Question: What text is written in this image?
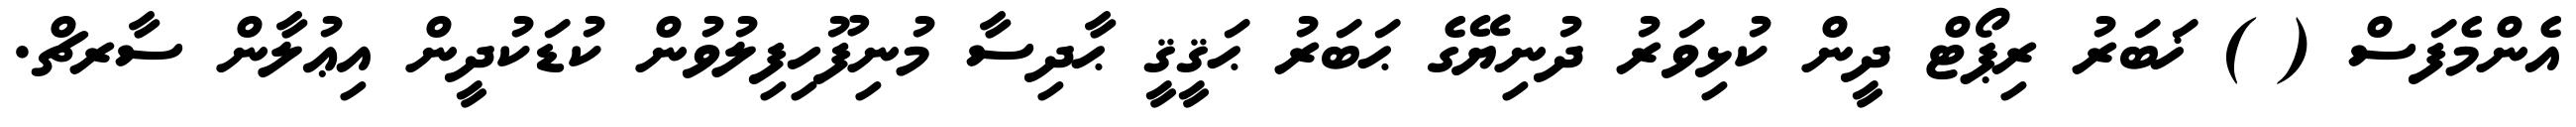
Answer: އެންމެފަސް ( ) ޚަބަރު ރިޕޯޓް ދީން ކުޅިވަރު ދުނިޔޭގެ ޙަބަރު ޙަޤީޤީ ޙާދިސާ މުނިފޫހިފިލުވުން ކުޑަކުދީން އިޢުލާން ސާރޗް.